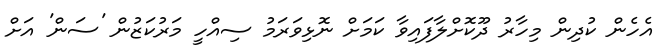
އެހެން ކުދިން މިހާރު ދޫކޮށްލާފައިވާ ކަމަށް ނޮޅިވަރަމު ސިއްހީ މަރުކަޒުން 'ސަން' އަށް